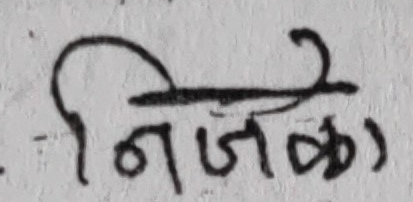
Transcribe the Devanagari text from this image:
निजबळो